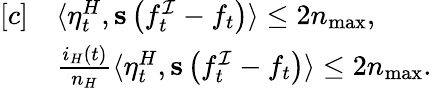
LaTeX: \begin{array}{rl}{[c]}&{\langle\eta_{t}^{H},\mathbf{s}\left(f_{t}^{\mathcal{I}}-f_{t}\right)\rangle\leq 2n_{\operatorname*{max}},}\\ &{\frac{i_{H}(t)}{n_{H}}\langle\eta_{t}^{H},\mathbf{s}\left(f_{t}^{\mathcal{I}}-f_{t}\right)\rangle\leq 2n_{\operatorname*{max}}.}\end{array}